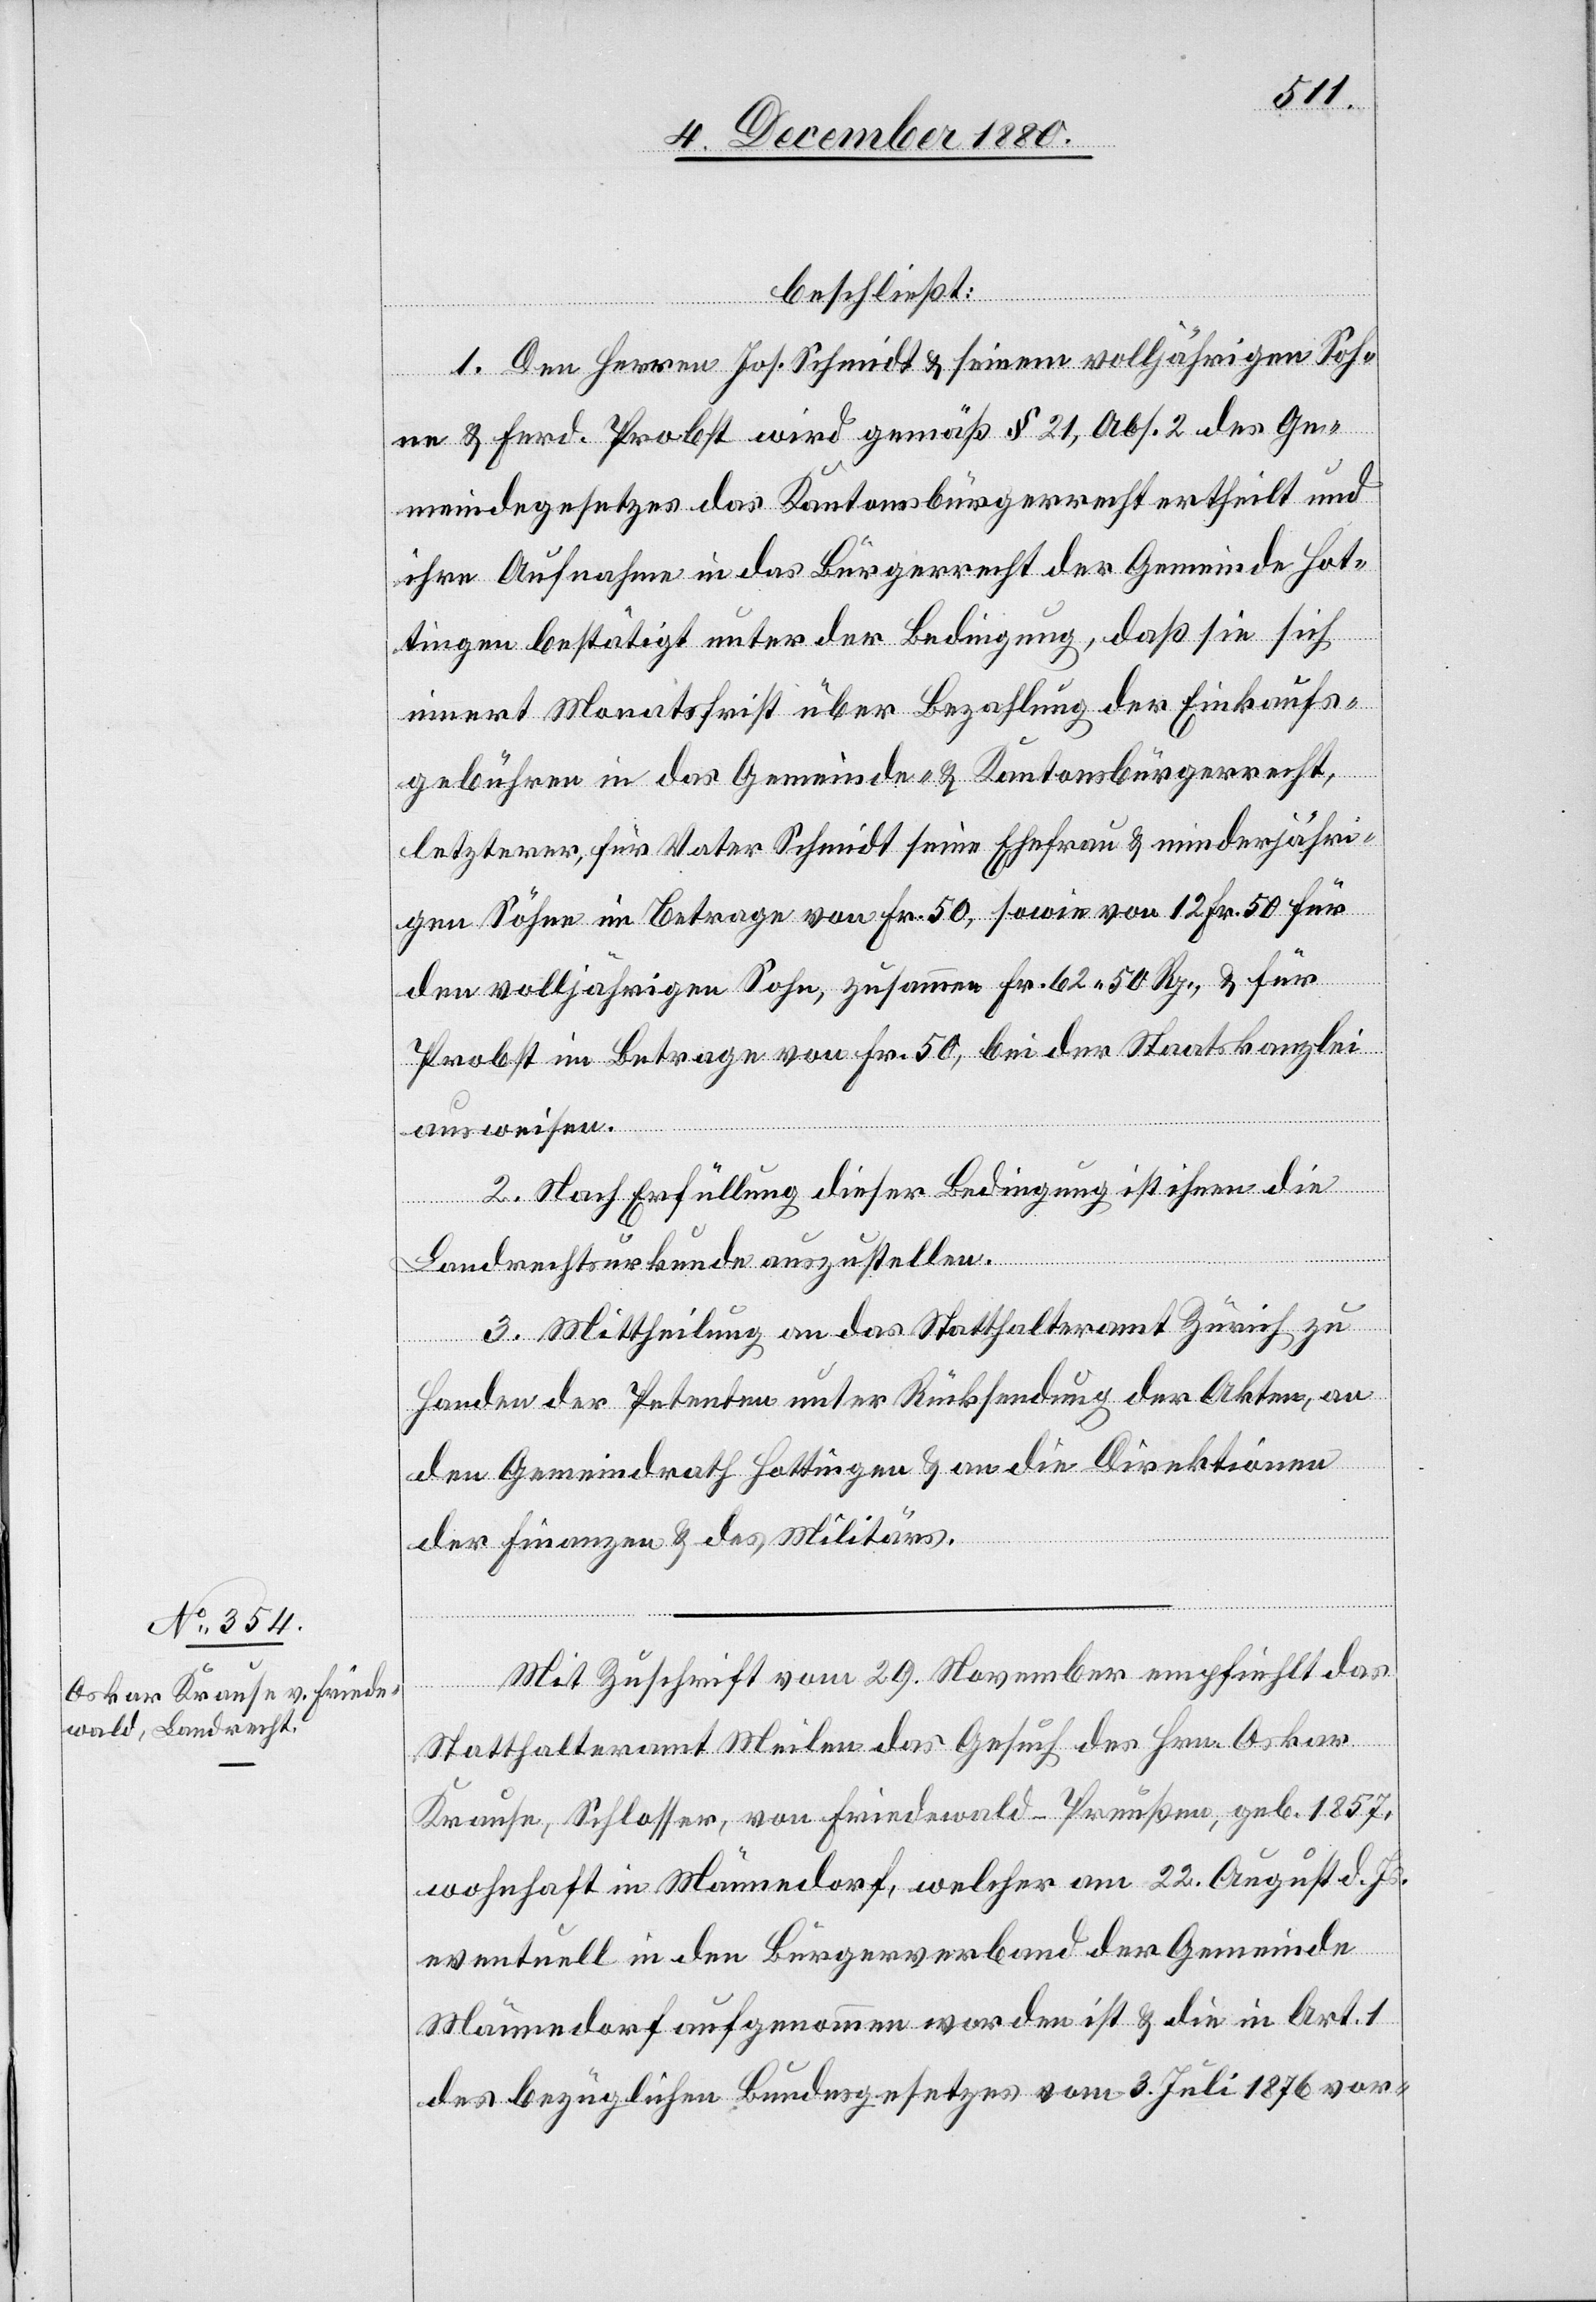
beschließt:
1. Den Herren Jos. Schmidt & seinem volljährigen Soh¬
ne & Ferd. Probst wird gemäß § 21, Abs. 2 des Ge¬
meindegesetzes das Kantonsbürgerecht ertheilt und
ihre Aufnahme in das Bürgerrecht der Gemeinde Hot¬
tingen bestätigt unter der Bedingung, daß sie sich
innert Monatsfrist über Bezahlung der Einkaufs¬
gebühren in das Gemeinde- & Kantonsbürgerrecht,
letzterer, für Vater Schmidt seine Ehefrau & minderjähri¬
gen Söhne im Betrage von Fr. 50, sowie von 12 Fr. 50 für
den volljährigen Sohn, zusammen Fr. 62 50 Rp., & für
Probst im Betrage von Fr. 50, bei der Staatskanzlei
ausweisen.
2. Nach Erfüllung dieser Bedingung ist ihnen die
Landrechtsurkunde auszustellen.
3. Mittheilung an das Statthalteramt Zürich zu
Handen der Petenten unter Rücksendung der Akten, an
den Gemeindrath Hottingen & an die Direktionen
der Finanzen & des Militärs.
Mit Zuschrift vom 29. November empfiehlt das
Statthalteramt Meilen das Gesuch des Hrn. Oskar
Krause, Schlosser, von Friedewald - Preußen, geb. 1857,
wohnhaft in Männedorf, welcher am 22. August d. Js.
eventuell in den Bürgerverband der Gemeinde
Männedorf aufgenommen worden ist & die in Art. 1
des bezüglichen Bundesgesetzes vom 3. Juli 1876 vor-